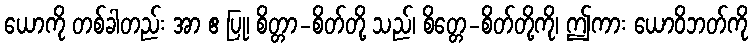
ယောကို တစ်ခါတည်း အာ ဧ ပြု၊ စိတ္တာ-စိတ်တို့ သည်၊ စိတ္တေ-စိတ်တို့ကို၊ ဤကား ယောဝိဘတ်ကို